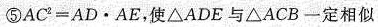
⑤$$A C ^ { 2 } = A D \cdot A E$$，使△ADE与△ACB一定相似